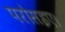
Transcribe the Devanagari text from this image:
परोसइए।